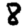
Digit: 8